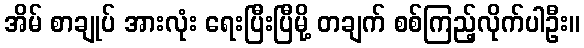
အိမ် စာချုပ် အားလုံး ရေးပြီးပြီမို့ တချက် စစ်ကြည့်လိုက်ပါဦး။